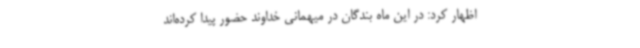
اظهار کرد: در این ماه بندگان در میهمانی خداوند حضور پیدا کرده‌اند